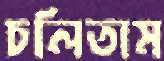
চলিতাম